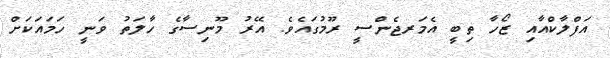
އަފްލާކްއާއި ޒޯހާ ތިބީ އެމަރޖެންސީ ރޫމުގައެވެ. އޭރު މޫނިސާގެ ހާލަތު ވަނީ ހަމައަކަށް